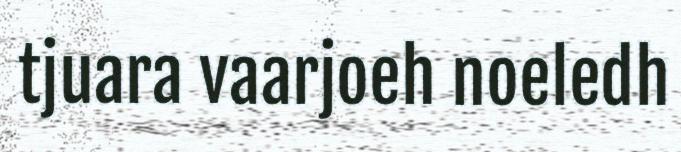
tjuara vaarjoeh noeledh